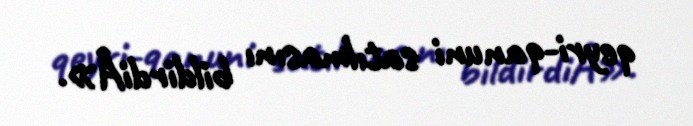
qeyri-qanuni satılmasını bildirdiÂ».